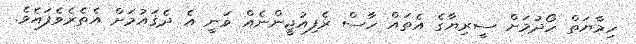
ހިމާޔަތް ހޯދުމަށް ސީރިޔާގެ އެތައް ހާސް ރެފިއުޖީންނެއް ވަނީ އެ ދެޤައުމަށް އެތެރެވެފައެވެ.